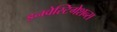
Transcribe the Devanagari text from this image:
इनवेस्टिगेशन्स